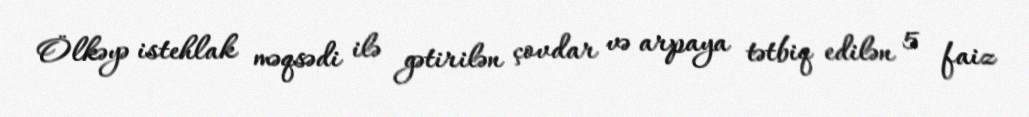
Ölkəyə istehlak məqsədi ilə gətirilən çovdar və arpaya tətbiq edilən 5 faiz